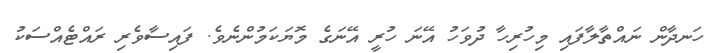
ހަނދާން ނައްތާލާފައި މިހުރިހާ ދުވަހު އޭނަ ހުރީ އޭނަގެ މޮޔަކަމުންނެވެ. ފައިސާވެރި ރައްޓެއްސަކު